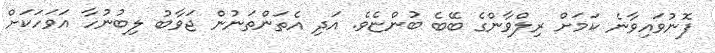
ފޮނުވައިވާނެ ކަމަށް ރިލްވާންގެ ބޭބެ ބުންޏެވެ. އަދި އެތަންތަނުން ޖަވާބު ލިބުނުހާ އަވަހަކަށް